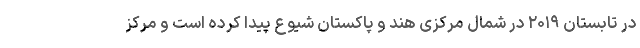
در تابستان ۲۰۱۹ در شمال مرکزی هند و پاکستان شیوع پیدا کرده است و مرکز